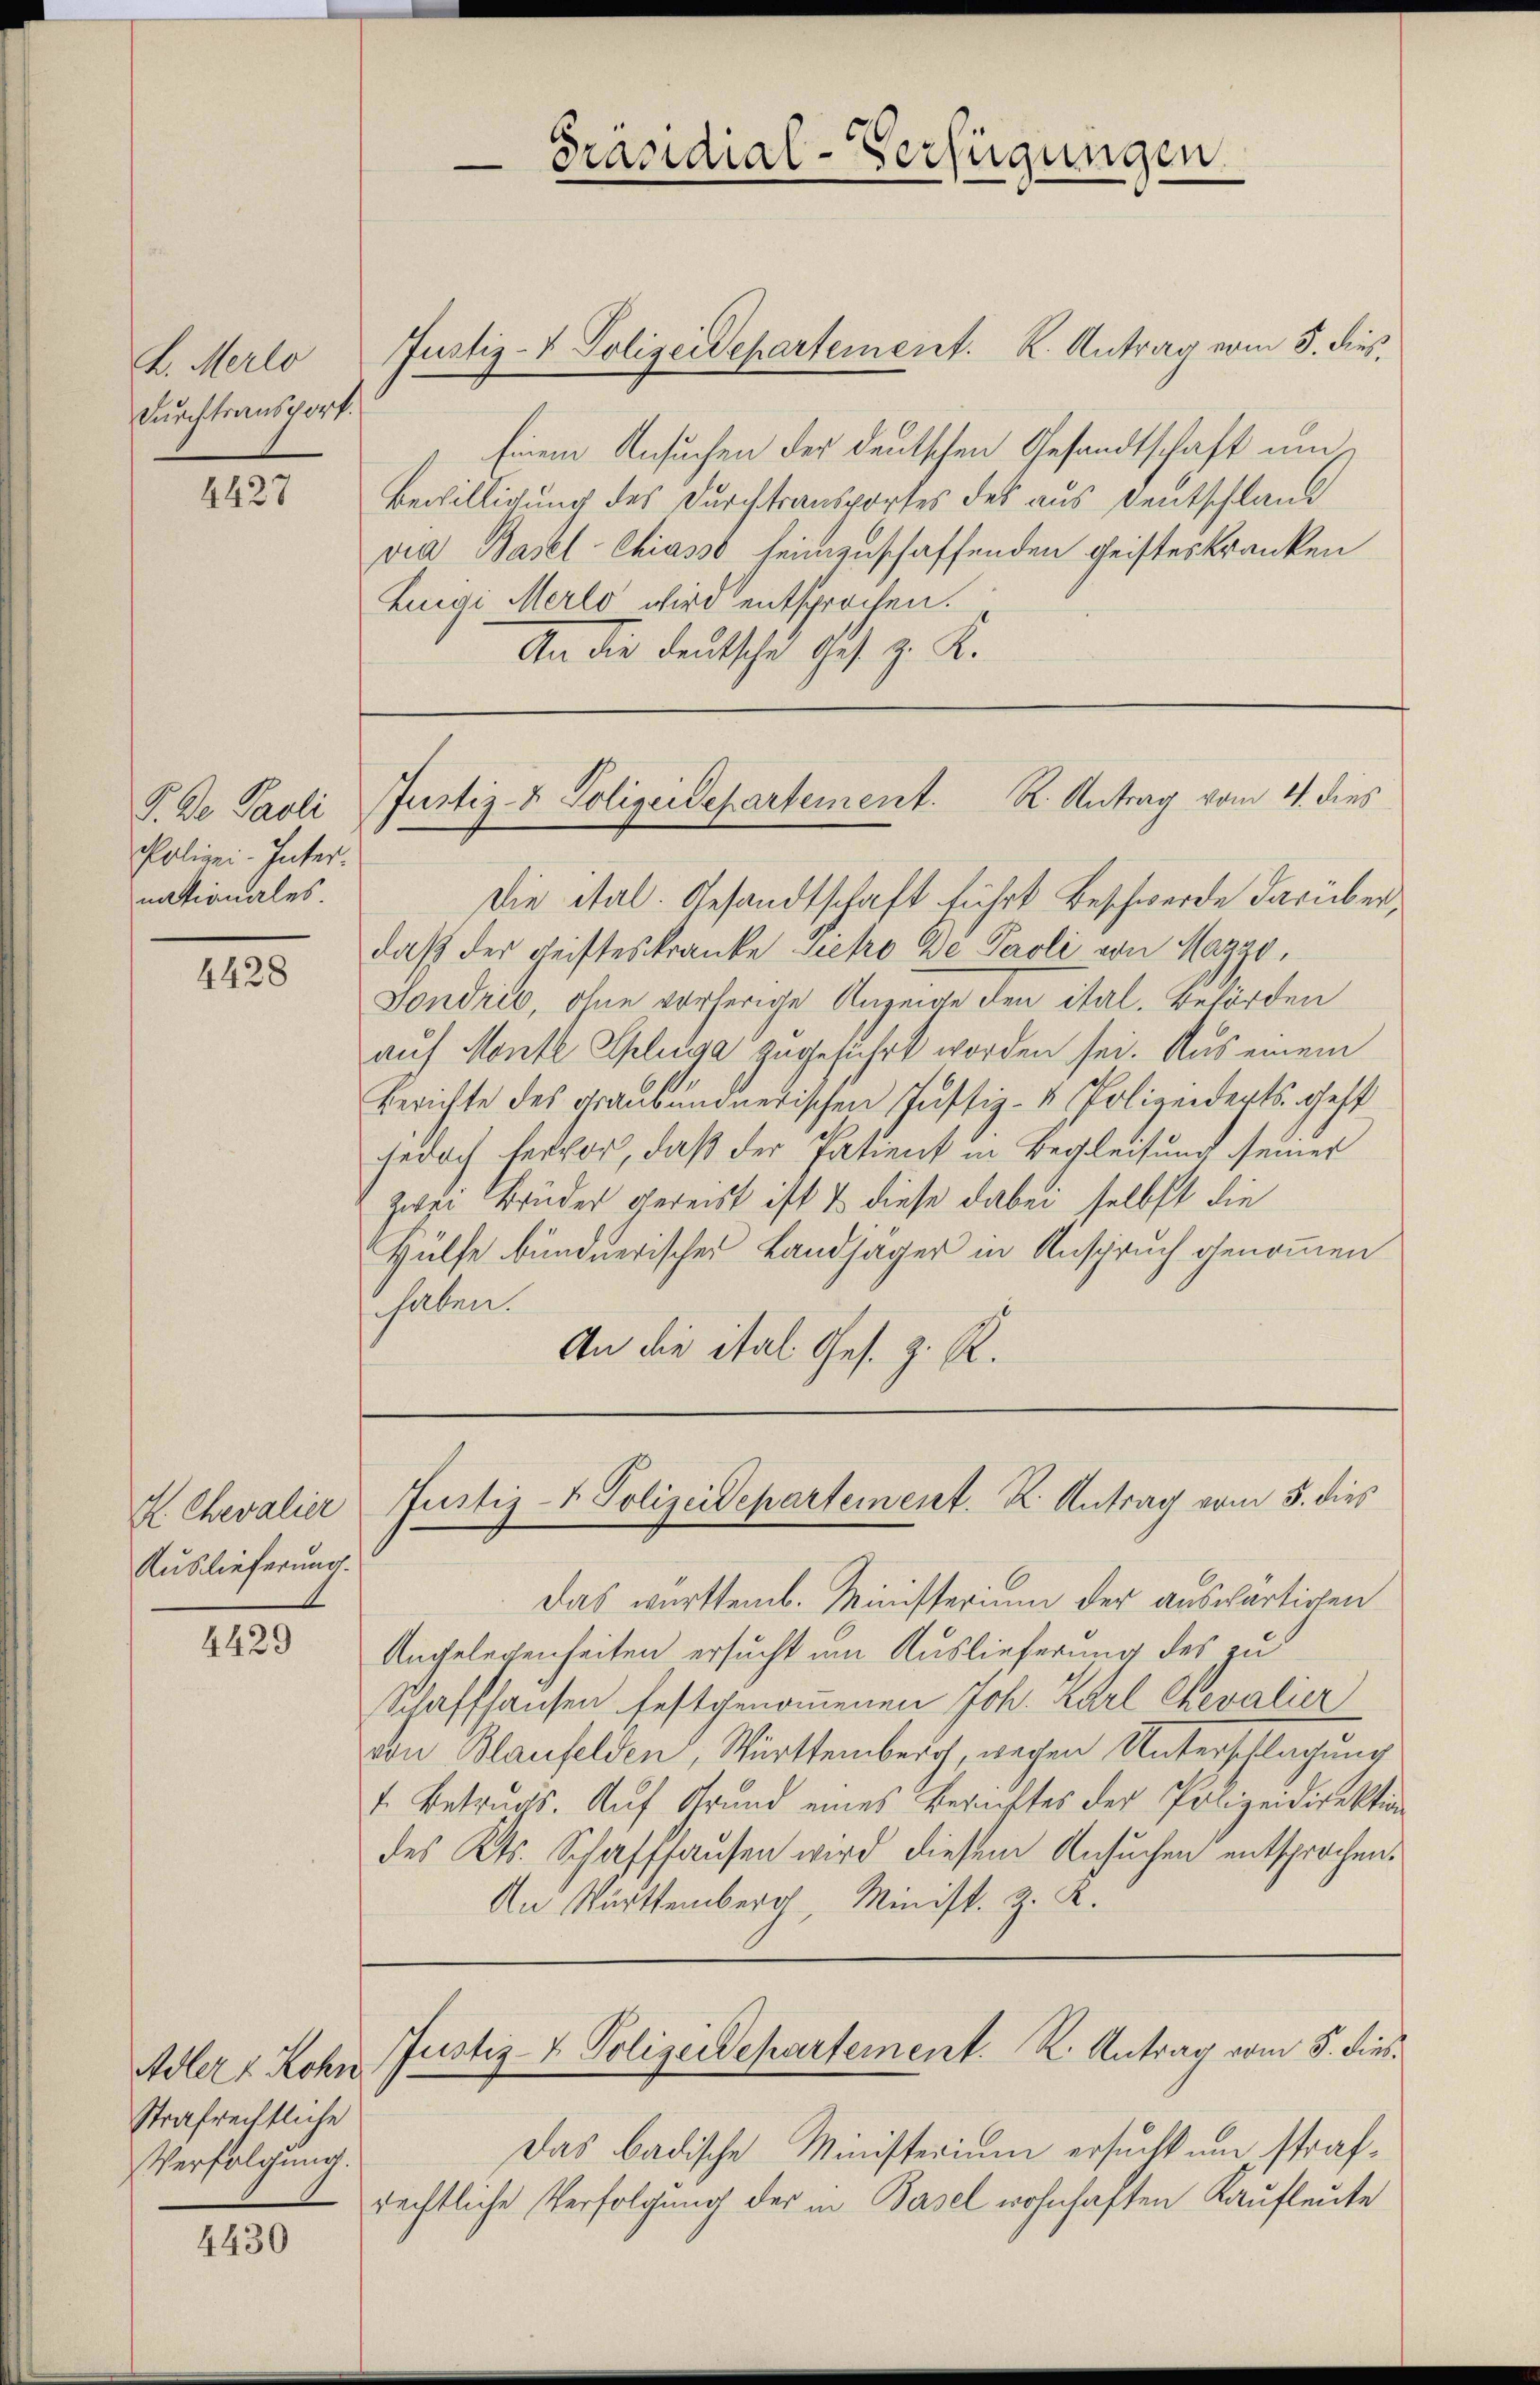
L. Merlo
Durchtransport.

4427

P. De Paoli
Polizei-Inter-
nationales.

4428

H. Chevalier
Auslieferung.

4429

Adler - Rohn
Strafrechtliche
Verfolgung.

4430

Die ital. Gesandtschaft führt Beschwerde darüberdaß der Leisteskranke Siehro De Paoli von Maggo,
Sondris, ohne vorherige Anzeige den ital. Behörden
auf Monte Splissa zugeführt worden sei. Aus einem
Berichte des graubündnerischen Justiz- u. Polizeiderts gest
jedoch fervor, daß der Patient in Begleitung seiner
zwei Brüder gereist ist & diese dabei selbst die
Hülfe bündnerischer Landjäger in Anspruch genommen
haben.
An die ital Ges. z. R.

Einem Ansuchen der deutschen Gesandtschaft um¬
Bewilligung des Durchtransportes des aus Deutschland
via Basel-Chiasso heimzuschaffenden Geisteskranken
Luigi Merlo wird entsprochen.
An die deutsche Ges. z. K.

Präsidial-Verfügungen

Justiz- & Polizeidepartement. K. Antrag vom 5. dies

Das württemb. Ministerium der auswärtigen
Angelegenheiten ersucht um Auslieferung des zu
Schaffhausen festgenommenen Joh. Karl Chevalier
von Blaufelden, Württemberg, wegen Unterschlagung
1. Betruges. Auf Grund eines Berichtes der Polizeidirektion
des Kts. Schaffhausen wird diesem Ansuchen entsprochen.
An Württemberg Minist. z. R.

Justiz- & Polizeidepartement. R. Antrag vom 4. dies

Justiz- & Polizeidepartement. K. Antrag vom 5. dies

Justiz- & Polizeidepartement. K. Antrag vom 5. dies
Das badische Ministerium ersucht um strafrechtliche Verfolgung der in Basel wohnhaften Kaufleute